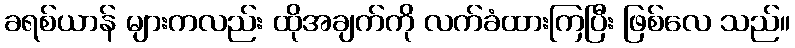
ခရစ်ယာန် များကလည်း ထိုအချက်ကို လက်ခံထားကြပြီး ဖြစ်လေ သည်။